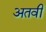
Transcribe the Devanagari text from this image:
अतवी